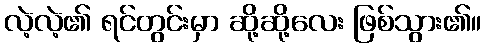
လဲ့လဲ့၏ ရင်တွင်းမှာ ဆို့ဆို့လေး ဖြစ်သွား၏။